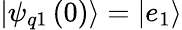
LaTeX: \left|\psi_{q1}\left(0\right)\right\rangle=\left|e_{1}\right\rangle